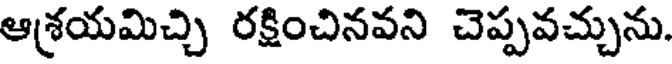
ఆశ్రయమిచ్చి రక్షించినవని చెప్పవచ్చును.